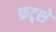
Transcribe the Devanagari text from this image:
फ्रट्शे